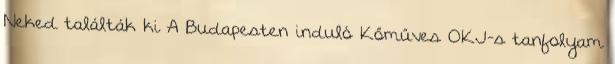
Neked találták ki A Budapesten induló Kőműves OKJ-s tanfolyam